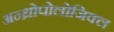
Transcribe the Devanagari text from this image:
अन्थ्रोपोलोजिक्ल